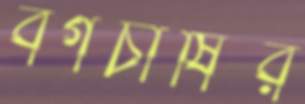
বর্গচাষির